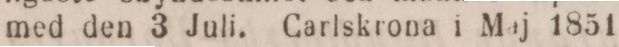
med den 3 Juli. Carlskrona i Maj 1851